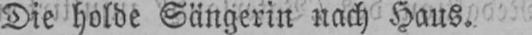
Die holde Sängerin nach Haus.